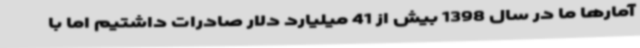
آمارها ما در سال 1398 بیش از 41 میلیارد دلار صادرات داشتیم اما با